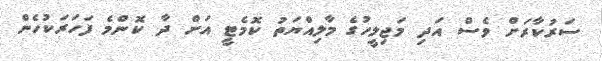
ސަރުކާރަށް ވެސް އަދި މަޖިލީހުގެ މާލިއްޔަތު ކޮމެޓީ އަށް ދާ ކޮންމެ ފަހަރަކުހެން